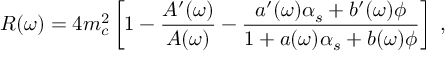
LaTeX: { \cal { R } } ( \omega ) = 4 m _ { c } ^ { 2 } \left[ 1 - \frac { A ^ { \prime } ( \omega ) } { A ( \omega ) } - \frac { a ^ { \prime } ( \omega ) \alpha _ { s } + b ^ { \prime } ( \omega ) \phi } { 1 + a ( \omega ) \alpha _ { s } + b ( \omega ) \phi } \right] \; ,